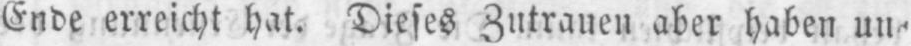
Ende erreicht hat. Dieses Zutrauen aber haben un⸗